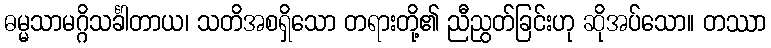
ဓမ္မသာမဂ္ဂိသင်္ခါတာယ၊ သတိအစရှိသော တရားတို့၏ ညီညွတ်ခြင်းဟု ဆိုအပ်သော။ တဿာ